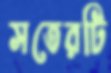
সতেরটি